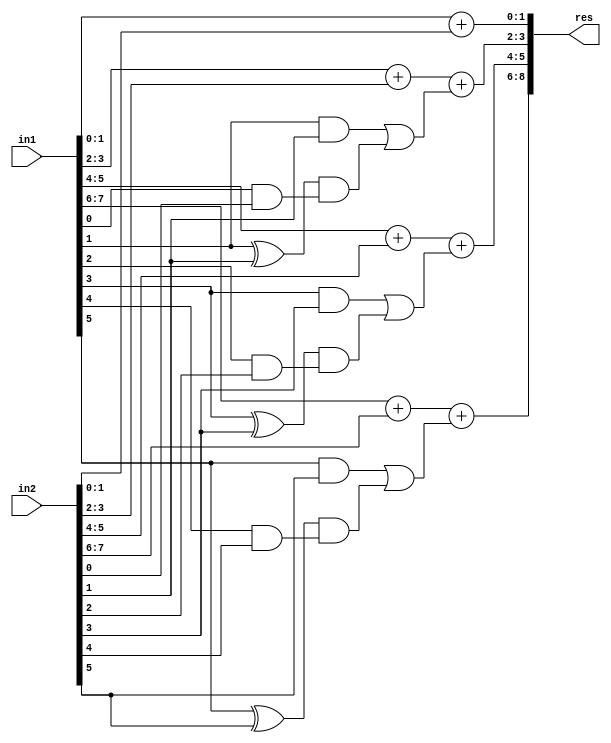
module GDA_St_N8_M4_P2(
    input  [7:0] in1,
    input  [7:0] in2,
    output [8:0] res
    );

wire [2:0] 	temp1, temp2, temp3, temp4;

//C2
wire 			g0,g1,p0,p1;
wire			p1g0;
wire 			c2;

and and_0(g0,in1[0],in2[0]);
and and_1(g1,in1[1],in2[1]);
xor xor_0(p0,in1[0],in2[0]);
xor xor_1(p1,in1[1],in2[1]);

and and_2(p1g0,p1,g0);
or  or_1 (c2,g1,p1g0);

//C4
wire 			g2,g3,p2,p3;
wire			p3g2;
wire 			c4;

and and_3(g2,in1[2],in2[2]);
and and_4(g3,in1[3],in2[3]);
xor xor_2(p2,in1[2],in2[2]);
xor xor_3(p3,in1[3],in2[3]);

and and_5(p3g2,p3,g2);
or  or_2 (c4,g3,p3g2);

//C6
wire 			g4,g5,p4,p5;
wire			p5g4;
wire 			c6;

and and_8(g4,in1[4],in2[4]);
and and_9(g5,in1[5],in2[5]);
xor xor_4(p4,in1[4],in2[4]);
xor xor_5(p5,in1[5],in2[5]);

and and_10(p5g4,p5,g4);
or  or_4  (c6,g5,p5g4);

// Results

assign temp1[2:0] = in1[1:0] + in2[1:0];
assign temp2[2:0] = in1[3:2] + in2[3:2] + c2;
assign temp3[2:0] = in1[5:4] + in2[5:4] + c4;
assign temp4[2:0] = in1[7:6] + in2[7:6] + c6;
assign res[8:0] = {temp4[2:0],temp3[1:0],temp2[1:0],temp1[1:0]};

endmodule